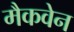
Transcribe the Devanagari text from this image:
मैकवेन